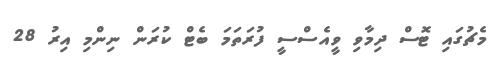
މެޗުގައި ޓޮސް ދިމާވި ވީއެސްސީ ފުރަތަމަ ބެޓް ކުރަން ނިންމި އިރު 28